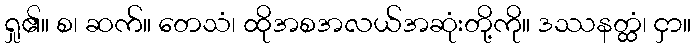
ရှု၏။ စ၊ ဆက်။ တေသံ၊ ထိုအစအလယ်အဆုံးတို့ကို။ ဒဿနတ္ထံ၊ ငှာ။